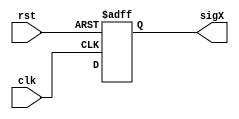
module aep_x (input clk,
              input rst,
              output reg sigX);

   always @(posedge clk or posedge rst)
     if (rst) sigX <= 1'bx;
     else
       sigX <= 1'bx;
endmodule